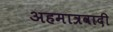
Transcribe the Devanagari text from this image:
अहमात्रवादी